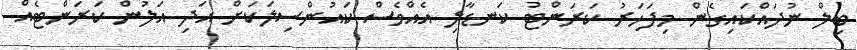
ބިލް ނުދައްކައިގެން މިފަަހަރު ކަރަންޓު ކަނޑާލި އެއްވެސް ކައުންސިލަކަށް އަދި އަލުން ކަރަންޓެއް